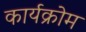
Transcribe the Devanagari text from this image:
कार्यक्रोम